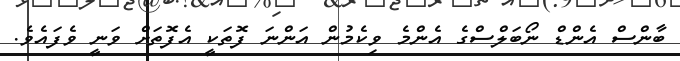
ބާންސް އެންޑް ނޯބަލްސްގެ އެންމެ ވިކެމުން އަންނަ ފޮތަކީ އެފޮތަށް ވަނީ ވެފައެވެ.